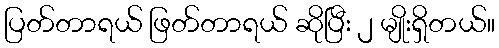
ပြတ်တာရယ် ဖြတ်တာရယ် ဆိုပြီး ၂ မျိုးရှိတယ်။